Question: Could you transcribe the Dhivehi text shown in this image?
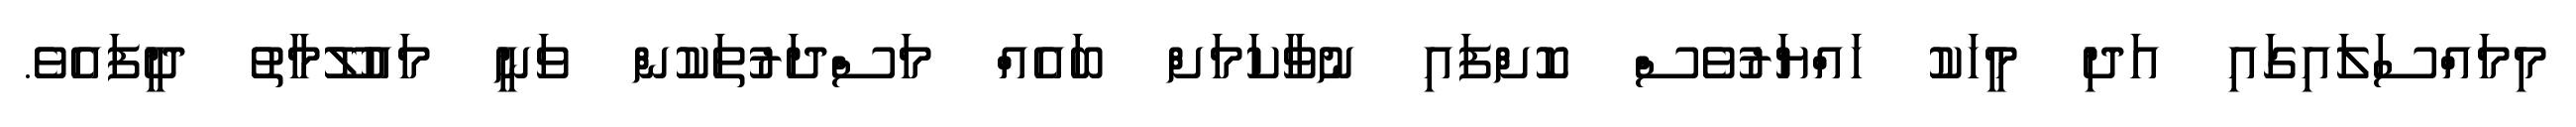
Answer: މިމައްސަލައިގައި އަދި މީހަކު ހައްޔަރުވެސް ކޮށްފައި ނުވާކަމަށް ބައެއް މަސްދަރުތަކުން ވަނީ މައުލޫމާތު ދީފައެވެ.